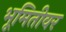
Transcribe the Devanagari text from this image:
भूमितीवर